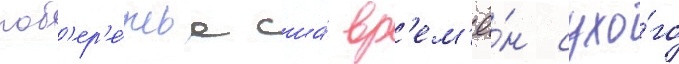
поб'ер'е́жье сша́ вр'ем'ё́н сухо́го